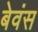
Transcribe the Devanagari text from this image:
बेवंस